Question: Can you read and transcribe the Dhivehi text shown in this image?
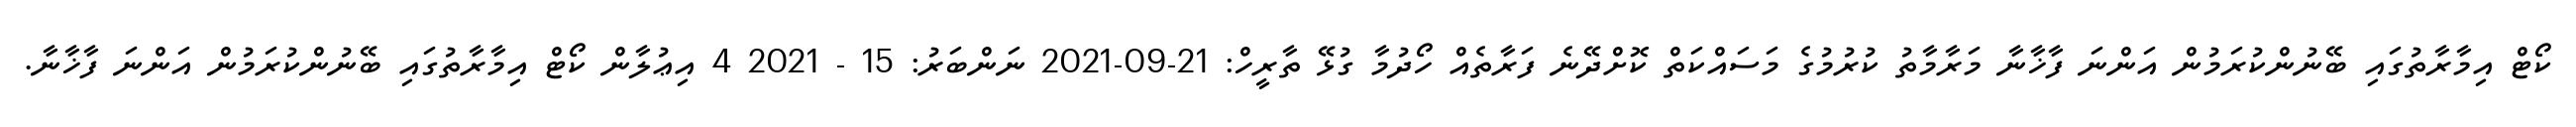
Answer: ކޯޓް އިމާރާތުގައި ބޭނުންކުރަމުން އަންނަ ފާޚާނާ މަރާމާތު ކުރުމުގެ މަސައްކަތް ކޮށްދޭނެ ފަރާތެއް ހޯދުމާ ގުޅޭ ތާރީހް: 21-09-2021 ނަންބަރު: 15 - 2021 4 އިޢުލާން ކޯޓް އިމާރާތުގައި ބޭނުންކުރަމުން އަންނަ ފާޚާނާ.